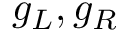
g _ { L } , g _ { R }